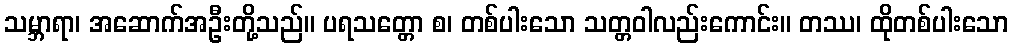
သမ္ဘာရာ၊ အဆောက်အဦးတို့သည်။ ပရသတ္တော စ၊ တစ်ပါးသော သတ္တဝါလည်းကောင်း။ တဿ၊ ထိုတစ်ပါးသော